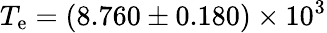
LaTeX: T_{\mathrm{e}}=(8.760\pm0.180)\times10^{3}